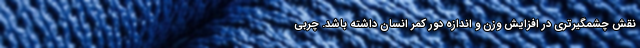
نقش چشمگیرتری در افزایش وزن و اندازه دور کمر انسان داشته باشد. چربی